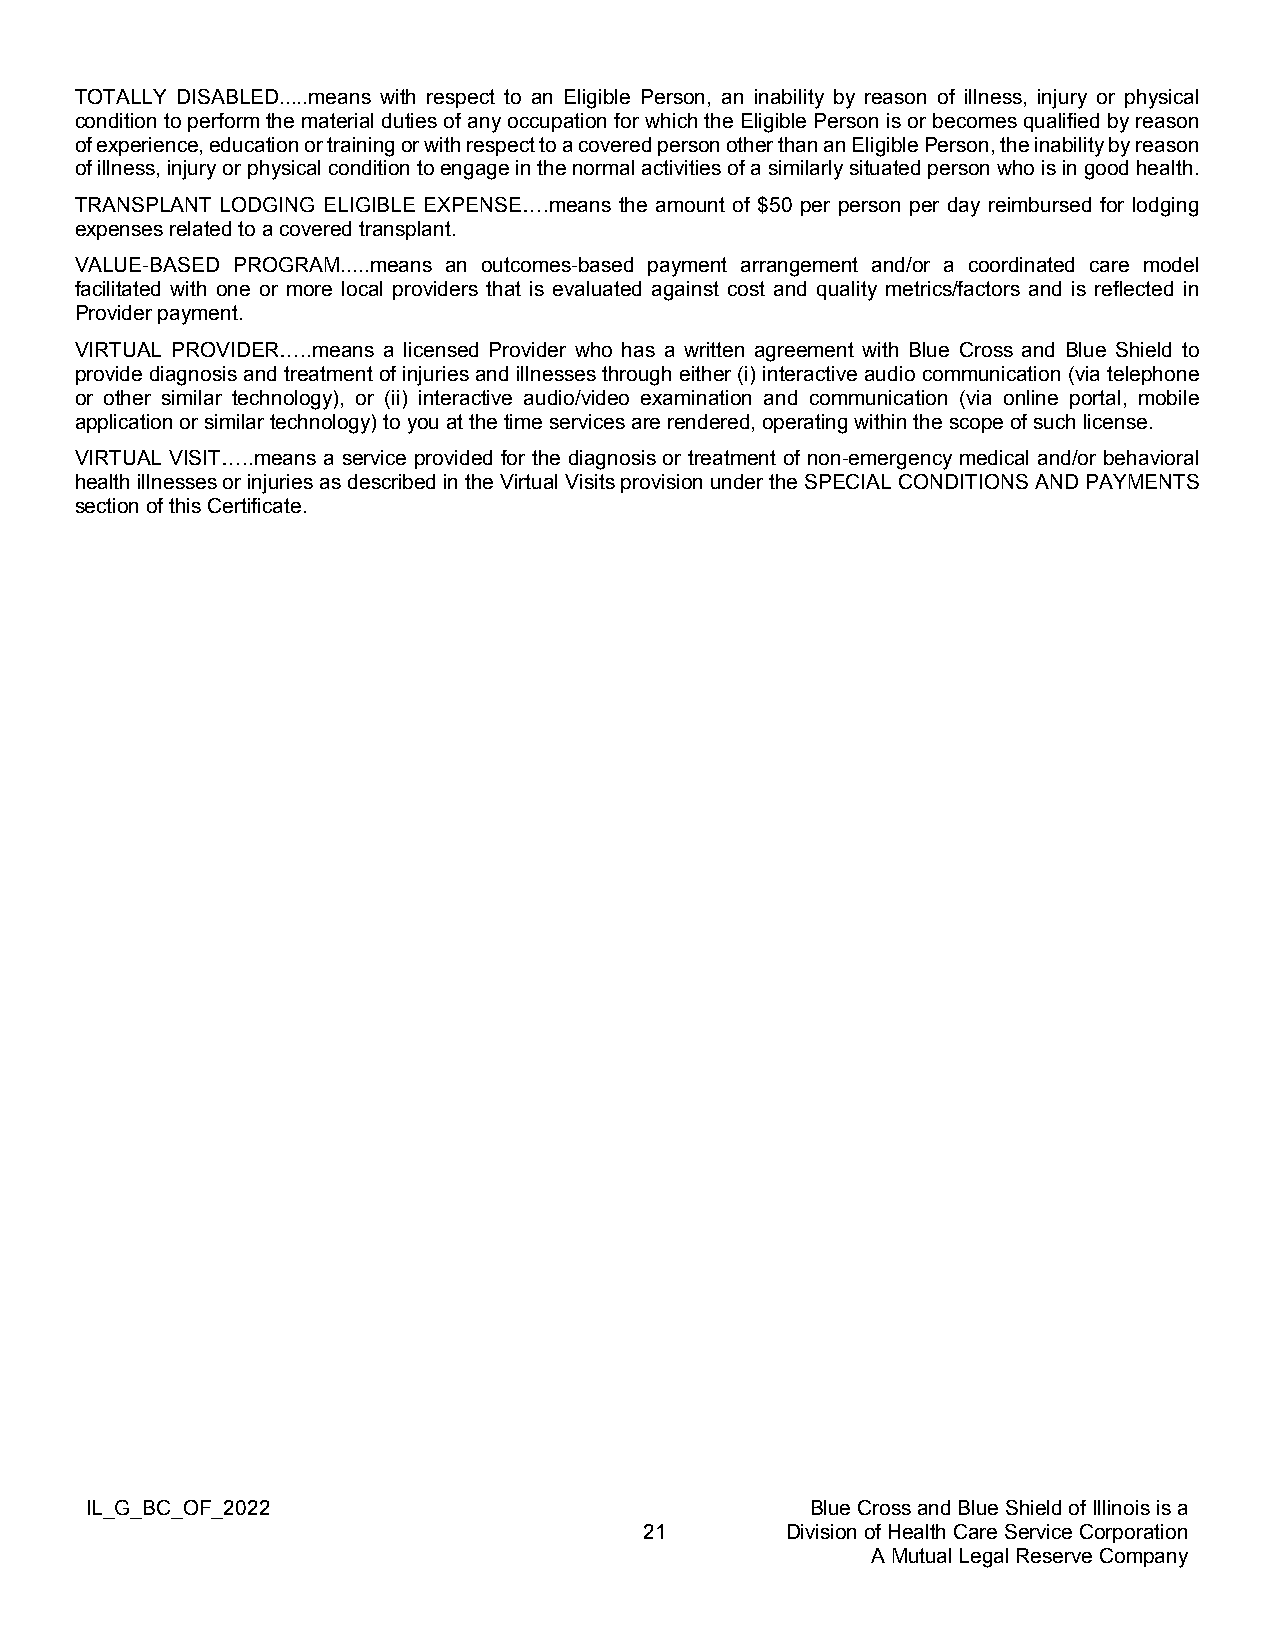
TOTALLY DISABLED.....means with respect to an Eligible Person, an inability by reason of illness, injury or physical
 condition to perform the material duties of any occupation for which the Eligible Person is or becomes qualified by reason
 of experience, education or training or with respect to a covered person other than an Eligible Person, the inability by reason
 of illness, injury or physical condition to engage in the normal activities of a similarly situated person who is in good health.
 TRANSPLANT LODGING ELIGIBLE EXPENSE….means the amount of $50 per person per day reimbursed for lodging
 expenses related to a covered transplant.
 VALUE-BASED PROGRAM.....means an outcomes-based payment arrangement and/or a coordinated care model
 facilitated with one or more local providers that is evaluated against cost and quality metrics/factors and is reflected in
 Provider payment.
 VIRTUAL PROVIDER…..means a licensed Provider who has a written agreement with Blue Cross and Blue Shield to
 provide diagnosis and treatment of injuries and illnesses through either (i) interactive audio communication (via telephone
 or other similar technology), or (ii) interactive audio/video examination and communication (via online portal, mobile
 application or similar technology) to you at the time services are rendered, operating within the scope of such license.
 VIRTUAL VISIT…..means a service provided for the diagnosis or treatment of non-emergency medical and/or behavioral
 health illnesses or injuries as described in the Virtual Visits provision under the SPECIAL CONDITIONS AND PAYMENTS
 section of this Certificate.
 IL_G_BC_OF_2022                                 Blue Cross and Blue Shield of Illinois is a
 21       Division of Health Care Service Corporation
 A Mutual Legal Reserve Company